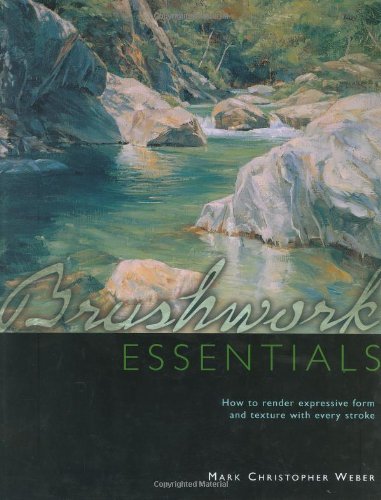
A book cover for Brushwork Essentials: How to Render Expressive Form and Texture with Every Stroke; Mark Christopher Weber; Arts & Photography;